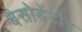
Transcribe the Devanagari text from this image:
बैसोडेंटीन